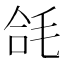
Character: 𭯘